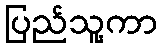
ပြည်သူ့ကာ